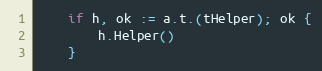
Language: Go
	if h, ok := a.t.(tHelper); ok {
		h.Helper()
	}